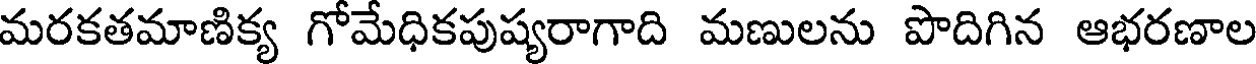
మరకతమాణిక్య గోమేధికపుష్యరాగాది మణులను పొదిగిన ఆభరణాల